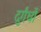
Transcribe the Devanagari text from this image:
दुर्गंधों